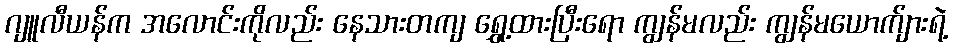
ဂျူလီယန်က အလောင်းကိုလည်း နေသားတကျ ရွှေ့ထားပြီးရော ကျွန်မလည်း ကျွန်မယောက်ျားရဲ့